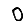
Digit: 0